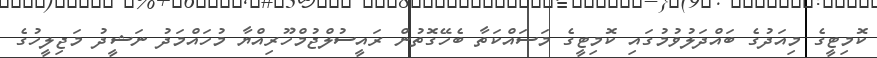
ކޮމިޓީގެ މިއަދުގެ ބައްދަލުވުމުގައި ކޮމިޓީގެ މަސައްކަތާ ބެހޭގޮތުން ރައީސުލްޖުމްހޫރިއްޔާ މުހައްމަދު ނަޝީދު މަޖިލީހުގެ